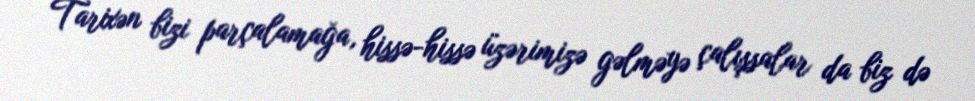
Tarixən bizi parçalamağa, hissə-hissə üzərimizə gəlməyə çalışsalar da biz də